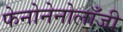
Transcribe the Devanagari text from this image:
फेनोनेनोलाँजी